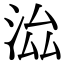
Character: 𣳵